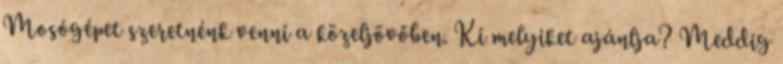
Mosógépet szeretnénk venni a közeljövőben. Ki melyiket ajánlja? Meddig